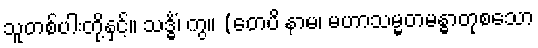
သူတစ်ပါးတို့နှင့်။ သဒ္ဓိံ၊ ကွ။ (တေပိ နာမ၊ မဟာသမ္မတမန္ဓာတုစသော